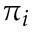
\pi _ { i }